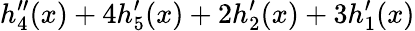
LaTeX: h_{4}^{\prime\prime}(x)+4h_{5}^{\prime}(x)+2h_{2}^{\prime}(x)+3h_{1}^{\prime}(x)